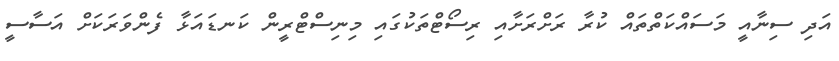
އަދި ސިނާއީ މަސައްކަތްތައް ކުރާ ރަށްރަށާއި ރިސޯޓްތަކުގައި މިނިސްޓްރީން ކަނޑައަޅާ ފެންވަރަކަށް އަސާސީ